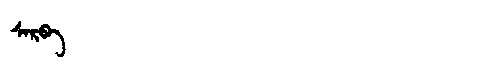
Manchu: ᠰᠠᡵᠪᠠ
Romanization: SARBA